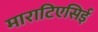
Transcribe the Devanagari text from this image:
माराटिएसिई